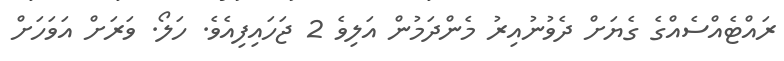
ރައްޓެއްސެއްގެ ގެޔަށް ދެވުނުއިރު މެންދަމުން އަލިވެ 2 ޖަހައިފިއެވެ. ހަލޯ. ވަރަށް އަވަހަށް